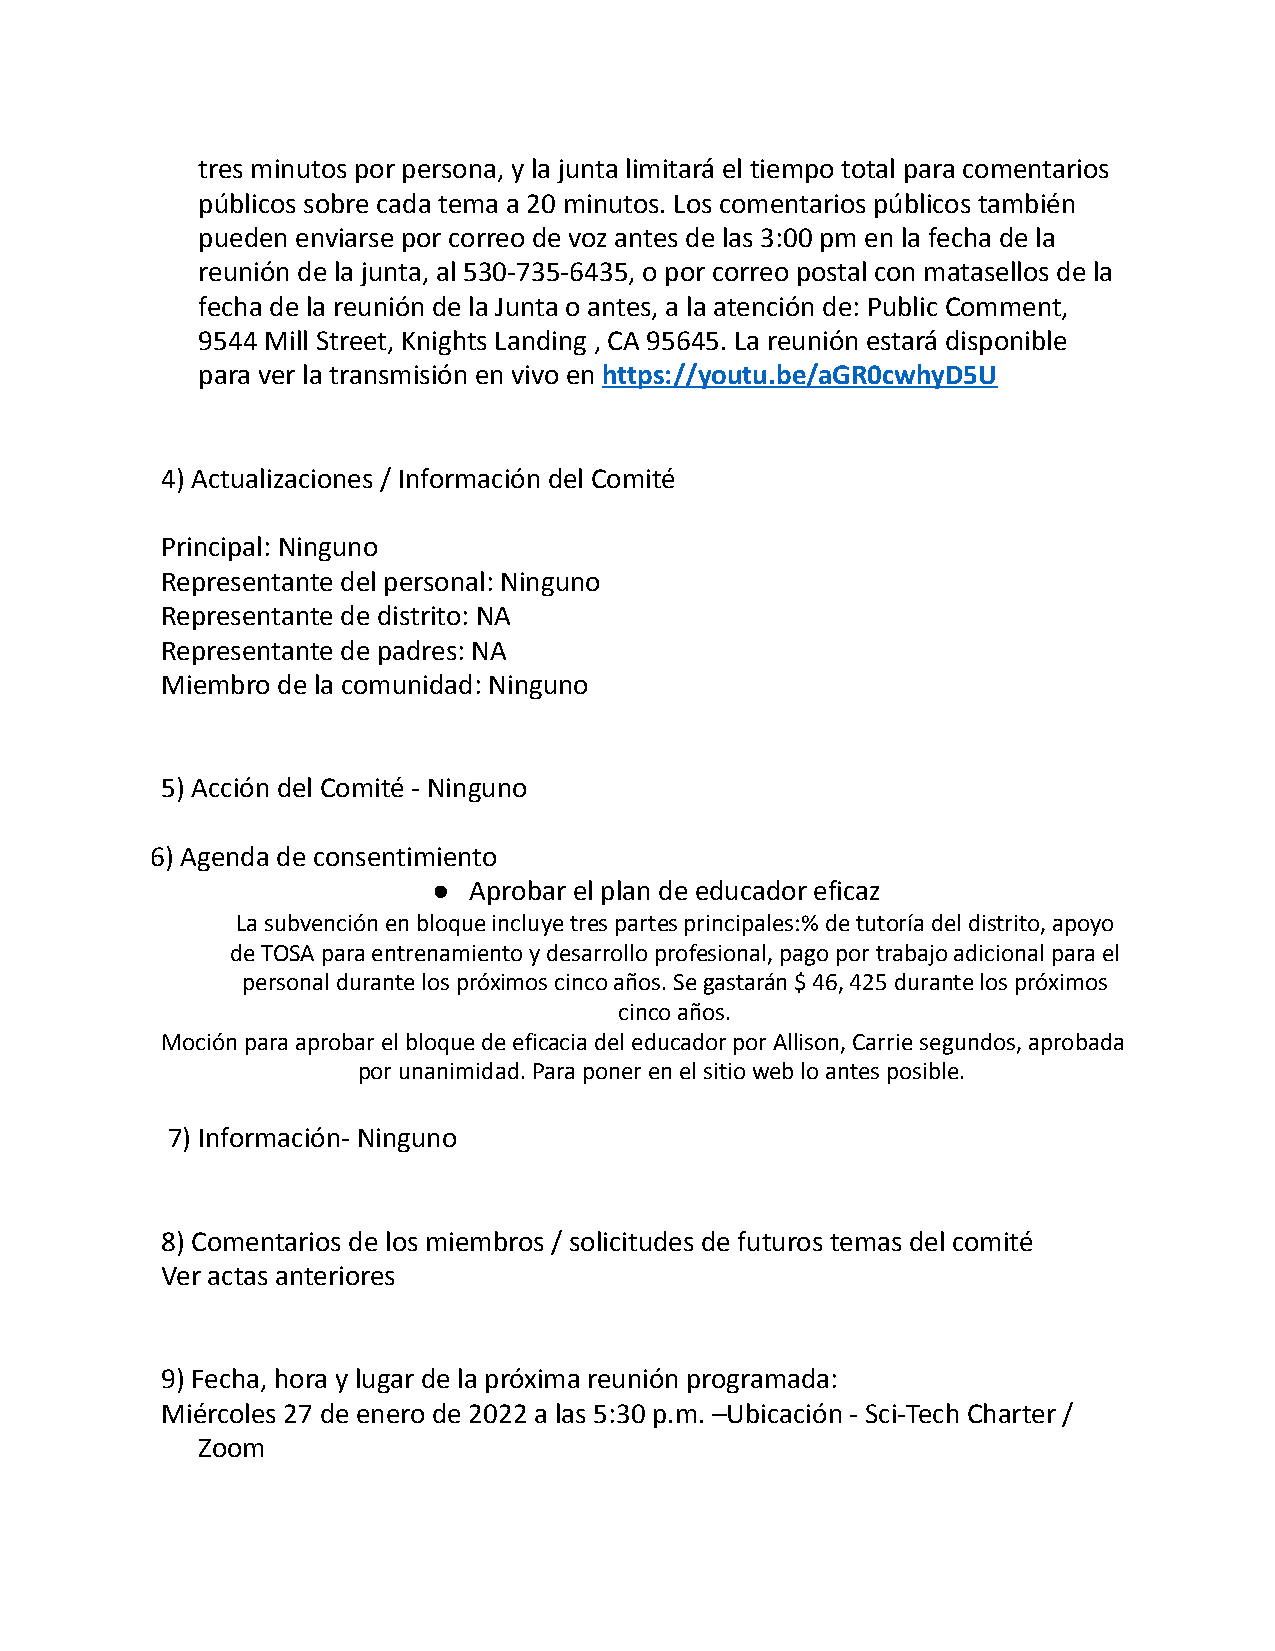
tres minutos por persona, y la junta limitará el tiempo total para comentarios
 públicos sobre cada tema a 20 minutos. Los comentarios públicos también
 pueden enviarse por correo de voz antes de las 3:00 pm en la fecha de la
 reunión de la junta, al 530-735-6435, o por correo postal con matasellos de la
 fecha de la reunión de la Junta o antes, a la atención de: Public Comment,
 9544 Mill Street, Knights Landing , CA 95645. La reunión estará disponible
 para ver la transmisión en vivo en https://youtu.be/aGR0cwhyD5U
 4) Actualizaciones / Información del Comité
 Principal: Ninguno
 Representante del personal: Ninguno
 Representante de distrito: NA
 Representante de padres: NA
 Miembro de la comunidad: Ninguno
 5) Acción del Comité - Ninguno
 6) Agenda de consentimiento
 ● Aprobar el plan de educador eficaz
 La subvención en bloque incluye tres partes principales:% de tutoría del distrito, apoyo
 de TOSA para entrenamiento y desarrollo profesional, pago por trabajo adicional para el
 personal durante los próximos cinco años. Se gastarán $ 46, 425 durante los próximos
 cinco años.
 Moción para aprobar el bloque de eficacia del educador por Allison, Carrie segundos, aprobada
 por unanimidad. Para poner en el sitio web lo antes posible.
 7) Información- Ninguno
 8) Comentarios de los miembros / solicitudes de futuros temas del comité
 Ver actas anteriores
 9) Fecha, hora y lugar de la próxima reunión programada:
 Miércoles 27 de enero de 2022 a las 5:30 p.m. –Ubicación - Sci-Tech Charter /
 Zoom